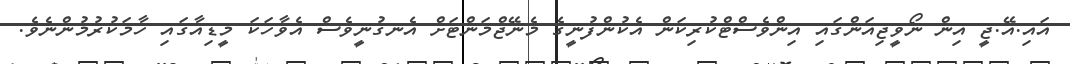
އައި.އޭ.ޖީ އިން ނޯވީޖިއަންގައި އިންވެސްޓްކުރިކަން އެކުންފުނީގެ މެނޭޖްމަންޓަށް އެނގުނީވެސް އެވާހަކަ މީޑިއާގައި ހާމަކުރުމުންނެވެ.